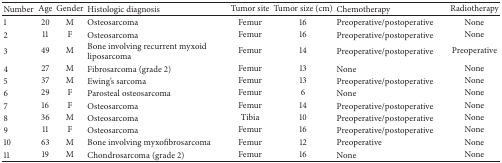
<table><thead><tr><td><b>Number</b></td><td><b>Age</b></td><td><b>Gender</b></td><td><b>Histologic diagnosis</b></td><td><b>Tumor site</b></td><td><b>Tumor size (cm)</b></td><td><b>Chemotherapy</b></td><td><b>Radiotherapy</b></td></tr></thead><tbody><tr><td>1</td><td>20</td><td>M</td><td>Osteosarcoma</td><td>Femur</td><td>16</td><td>Preoperative/postoperative</td><td>None</td></tr><tr><td>2</td><td>11</td><td>F</td><td>Osteosarcoma</td><td>Femur</td><td>16</td><td>Preoperative/postoperative</td><td>None</td></tr><tr><td>3</td><td>49</td><td>M</td><td>Bone involving recurrent myxoid liposarcoma</td><td>Femur</td><td>14</td><td>Preoperative/postoperative</td><td>Preoperative</td></tr><tr><td>4</td><td>27</td><td>M</td><td>Fibrosarcoma (grade 2)</td><td>Femur</td><td>13</td><td>None</td><td>None</td></tr><tr><td>5</td><td>37</td><td>M</td><td>Ewing&#x27;s sarcoma</td><td>Femur</td><td>13</td><td>Preoperative/postoperative</td><td>None</td></tr><tr><td>6</td><td>29</td><td>F</td><td>Parosteal osteosarcoma</td><td>Femur</td><td>6</td><td>None</td><td>None</td></tr><tr><td>7</td><td>16</td><td>F</td><td>Osteosarcoma</td><td>Femur</td><td>14</td><td>Preoperative/postoperative</td><td>None</td></tr><tr><td>8</td><td>36</td><td>M</td><td>Osteosarcoma</td><td>Tibia</td><td>10</td><td>Preoperative/postoperative</td><td>None</td></tr><tr><td>9</td><td>11</td><td>F</td><td>Osteosarcoma</td><td>Femur</td><td>16</td><td>Preoperative/postoperative</td><td>None</td></tr><tr><td>10</td><td>63</td><td>M</td><td>Bone involving myxofibrosarcoma</td><td>Femur</td><td>12</td><td>Preoperative</td><td>None</td></tr><tr><td>11</td><td>19</td><td>M</td><td>Chondrosarcoma (grade 2)</td><td>Femur</td><td>16</td><td>None</td><td>None</td></tr></tbody></table>